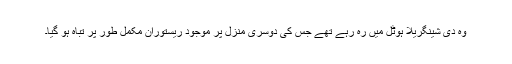
وہ دی شینگریلا ہوٹل میں رہ رہے تھے جس کی دوسری منزل پر موجود ریستوران مکمل طور پر تباہ ہو گیا۔